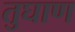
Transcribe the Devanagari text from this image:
तुघाण